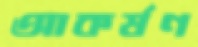
আকর্ষণ